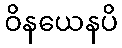
ဝိနယေနပိ